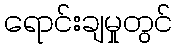
ရောင်းချမှုတွင်